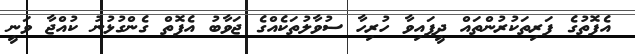
އެފޮތުގެ ފަރިތަކުރުންތައް ދީފައިވާ ހުރިހާ ސުވާލުތަކެއްގެ ޖަވާބު އެފޮތް ގެންގުޅުނު ކުއްޖާ ވަނީ